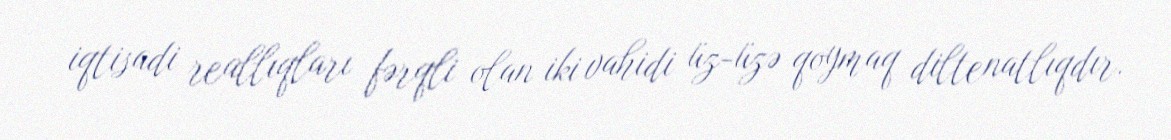
iqtisadi reallıqları fərqli olan iki vahidi üz-üzə qoymaq diltenatlıqdır.